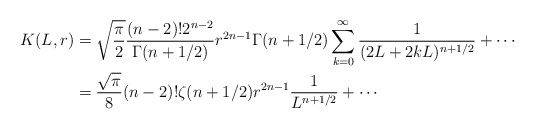
\begin{align*} K(L,r)&=\sqrt{\frac{\pi}2} \frac{(n-2)! 2^{n-2}}{\Gamma(n+1/2)} r^{2n-1}\Gamma(n+1/2) \sum_{k=0}^\infty\frac 1{(2L+2kL)^{n+1/2}}+\cdots\\ &=\frac{\sqrt{\pi}}8 (n-2)!\zeta(n+1/2) r^{2n-1} \frac 1{L^{n+1/2}}+\cdots \end{align*}